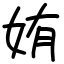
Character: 姷